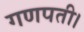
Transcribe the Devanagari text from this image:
गणपती।